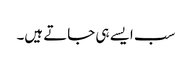
سب ایسے ہی جاتے ہیں۔